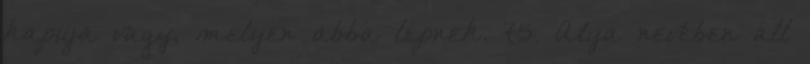
kapuja vagy, melyen abba lépnek. 75. Atya nevében áll